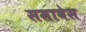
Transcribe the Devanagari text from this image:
समावेस